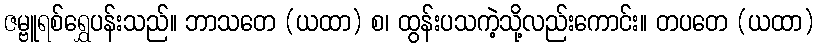
ဇမ္ဗူရစ်ရွှေပန်းသည်။ ဘာသတေ (ယထာ) စ၊ ထွန်းပသကဲ့သို့လည်းကောင်း။ တပတေ (ယထာ)